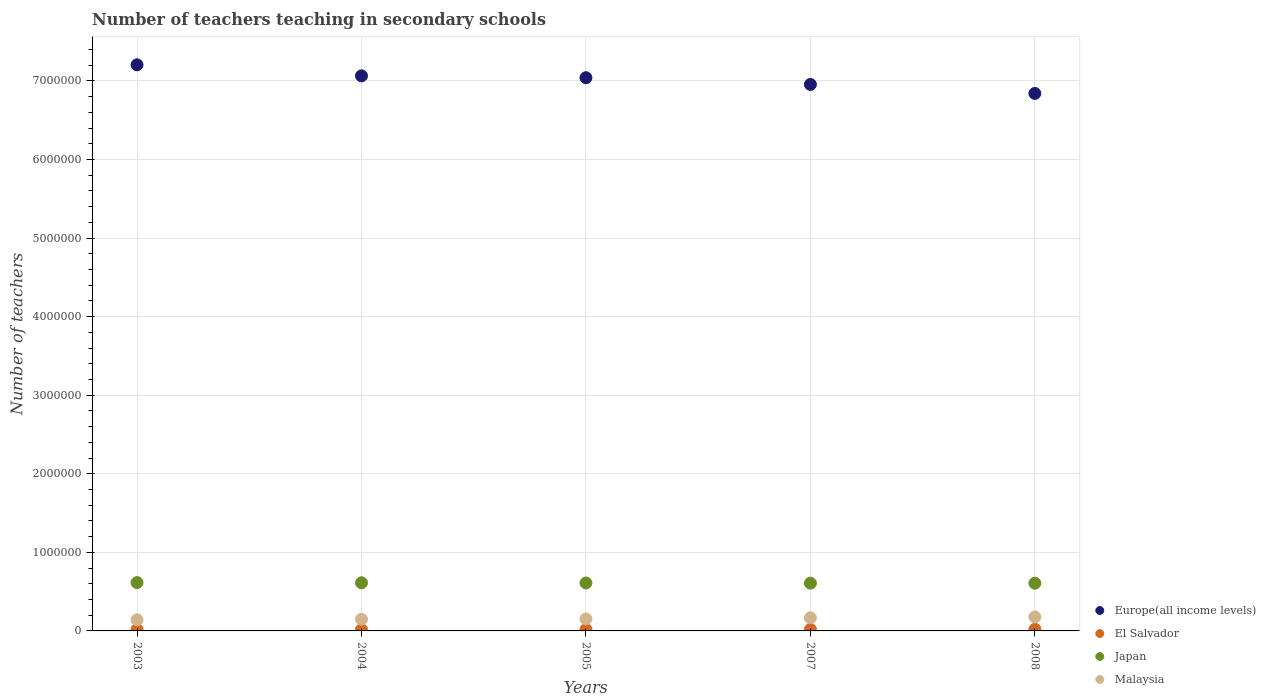
| Years | Europe(all income levels) | El Salvador | Japan | Malaysia |
 | --- | --- | --- | --- | --- |
 | 2003 | 7.2e+06 | 1.68e+04 | 6.15e+05 | 1.42e+05 |
 | 2004 | 7.06e+06 | 1.72e+04 | 6.13e+05 | 1.49e+05 |
 | 2005 | 7.04e+06 | 1.81e+04 | 6.1e+05 | 1.53e+05 |
 | 2007 | 6.95e+06 | 1.99e+04 | 6.08e+05 | 1.67e+05 |
 | 2008 | 6.84e+06 | 2.05e+04 | 6.07e+05 | 1.78e+05 |